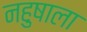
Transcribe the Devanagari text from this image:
नहुषाला